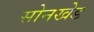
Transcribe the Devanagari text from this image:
सोनखेड